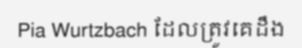
Pia Wurtzbach ដែលត្រូវគេដឹង